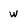
Character: w